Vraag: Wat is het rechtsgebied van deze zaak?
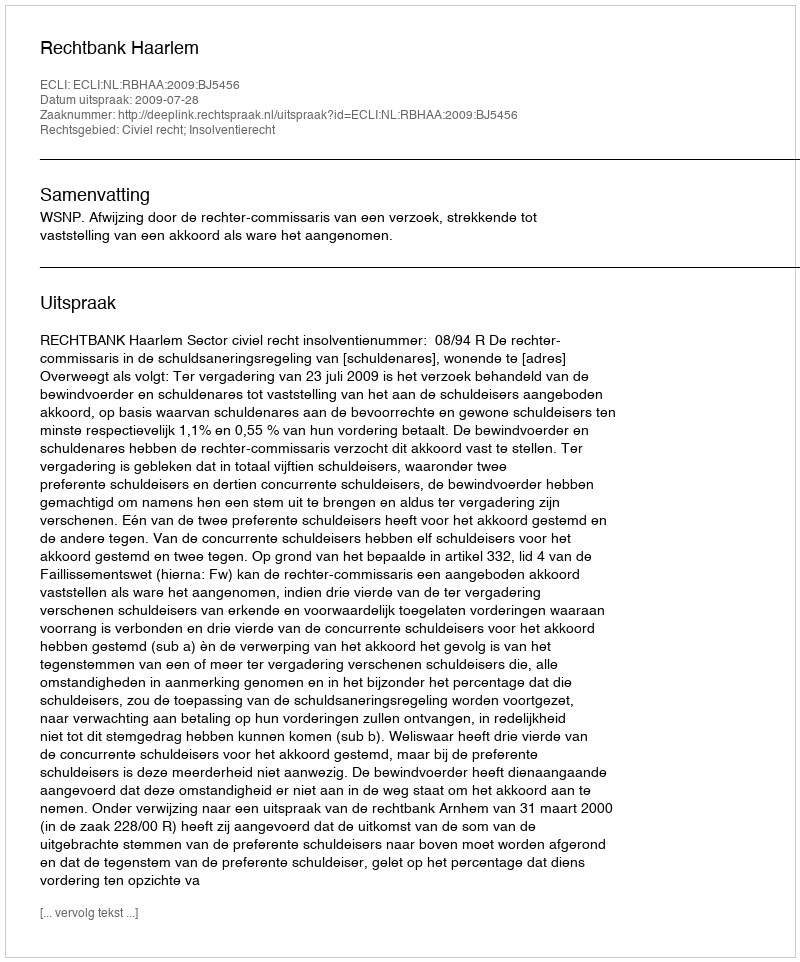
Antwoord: Civiel recht; Insolventierecht